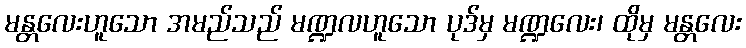
မန္တလေးဟူသော အမည်သည် မဏ္ဍလဟူသော ပုဒ်မှ မဏ္ဍလေး၊ ထိုမှ မန္တလေး